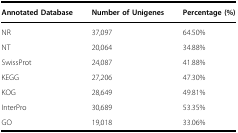
<table><thead><tr><td><b>Annotated Database</b></td><td><b>Number of Unigenes</b></td><td><b>Percentage (%)</b></td></tr></thead><tbody><tr><td>NR</td><td>37,097</td><td>64.50%</td></tr><tr><td>NT</td><td>20,064</td><td>34.88%</td></tr><tr><td>SwissProt</td><td>24,087</td><td>41.88%</td></tr><tr><td>KEGG</td><td>27,206</td><td>47.30%</td></tr><tr><td>KOG</td><td>28,649</td><td>49.81%</td></tr><tr><td>InterPro</td><td>30,689</td><td>53.35%</td></tr><tr><td>GO</td><td>19,018</td><td>33.06%</td></tr></tbody></table>